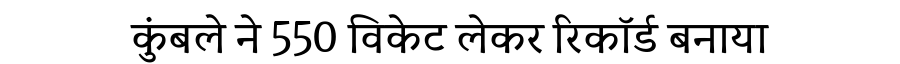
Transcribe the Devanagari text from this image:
कुंबले ने 550 विकेट लेकर रिकॉर्ड बनाया